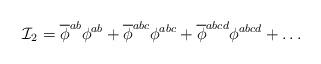
LaTeX: \begin{align*}{\cal I}_2 = \overline{\phi}^{ab}\phi^{ab} + \overline{\phi}^{abc}\phi^{abc} + \overline{\phi}^{abcd}\phi^{abcd} + \ldots\end{align*}